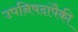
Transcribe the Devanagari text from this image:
उपनिषदांपैकी